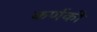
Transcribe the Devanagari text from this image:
कर्णकी